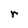
Character: r